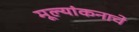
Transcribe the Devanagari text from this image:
मूल्यांकनाचे